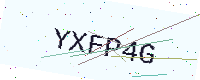
Text: YXFP4G